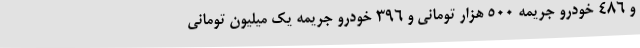
و 486 خودرو جریمه 500 هزار تومانی و 396 خودرو جریمه یک میلیون تومانی